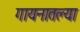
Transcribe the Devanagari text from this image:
गायनातल्या